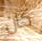
كان